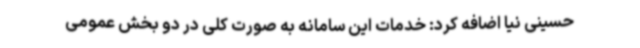
حسینی نیا اضافه کرد: خدمات این سامانه به صورت کلی در دو بخش عمومی